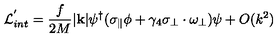
{ \cal L } _ { i n t } ^ { ' } = \frac { f } { 2 M } | { \bf k } | \psi ^ { \dag } ( \sigma _ { \parallel } \phi + \gamma _ { 4 } \mathrm { \boldmath \sigma } _ { \perp } \cdot \mathrm { \boldmath \omega } _ { \perp } ) \psi + O ( k ^ { 2 } )